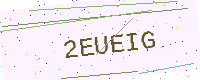
Text: 2EUEIG